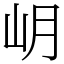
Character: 岄